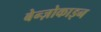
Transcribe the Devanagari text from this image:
बेन्ज़ोकाइन